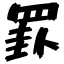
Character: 罫